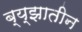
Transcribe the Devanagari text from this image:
ब्य्झातीन